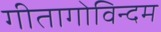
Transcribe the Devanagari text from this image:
गीतागोविन्दम